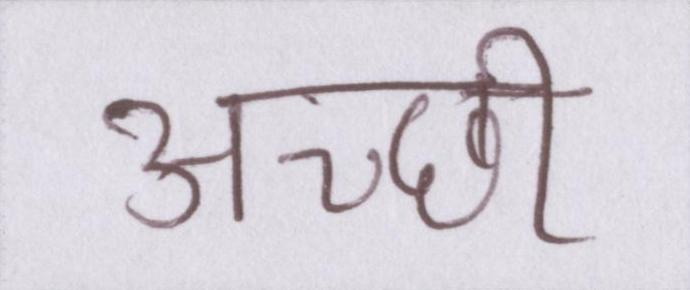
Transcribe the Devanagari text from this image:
अच्छी